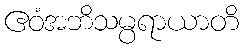
ဧဝံအဘိသမ္ပရာယာတိ